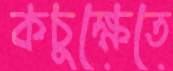
কচুক্ষেতে